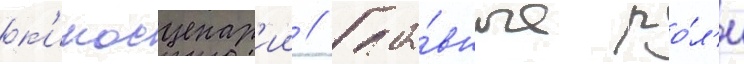
к'иносценар'ии // Гла́вные ро́л'и